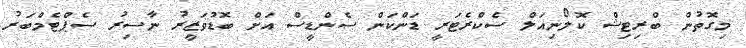
މިގޮތުން ބްރިޓިޝް ކޮލޯނިއަލް ސެކްރެޓަރީ ޑަންކަން ސެންޑީސް އަށް ބޮޑުވަޒީރު ނާސިރު ސެޕްޓެމްބަރު